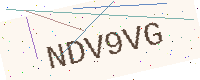
Text: NDV9VG